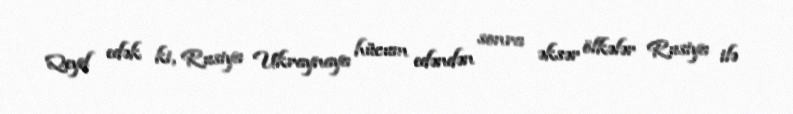
Qeyd edək ki, Rusiya Ukraynaya hücum edəndən sonra əksər ölkələr Rusiya ilə